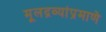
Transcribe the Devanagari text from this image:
मूलद्रव्यांप्रमाणे